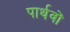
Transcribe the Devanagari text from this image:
पार्थवों